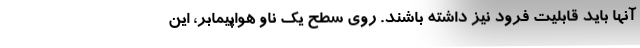
آنها باید قابلیت فرود نیز داشته باشند. روی سطح یک ناو هواپیمابر، این